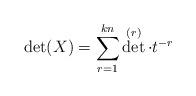
LaTeX: \begin{align*} \det(X) = \sum_{r=1}^{kn} \det^{(r)} \cdot t^{-r}\end{align*}